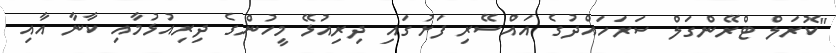
"ކޮރަލް ޓްރޭންގަލް ސަރަހައްދުގެ އައްސޭރި ފަށުގައި ދިރިއުޅޭ މީހުންގެ ދިރިއުޅުމާއި ކާނާ އާއި